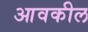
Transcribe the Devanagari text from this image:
आवकील